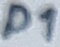
Text: D1